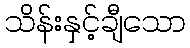
သိန်းနှင့်ချီသော